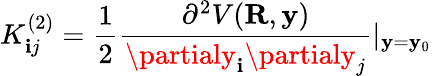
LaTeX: K_{\mathbf{i}j}^{(2)}=\frac{{1}}{{2}}\frac{{\partial^{2}V(\mathbf{{R}},\mathbf{{y}})}}{{\partialy_{\mathbf{i}}\partialy_{j}}}|_{\mathbf{{y}}=\mathbf{{y}}_{0}}